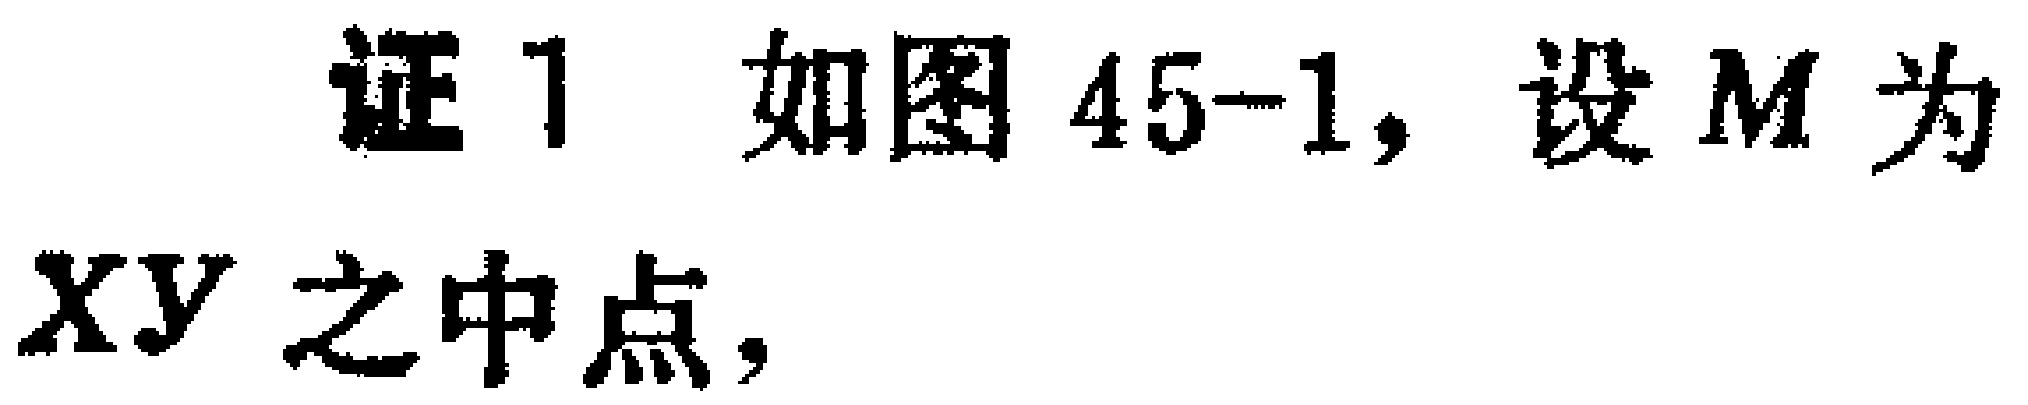
证1 如图45-1, 设$M$为$XY$之中点,